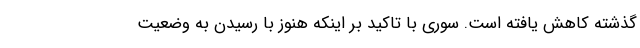
گذشته کاهش یافته است. سوری با تاکید بر اینکه هنوز با رسیدن به وضعیت